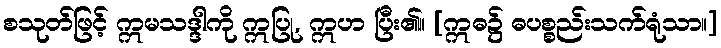
စသုတ်ဖြင့် ဣမသဒ္ဒါကို ဣပြု, ဣဟ ပြီး၏။ [ဣဓ၌ ဓပစ္စည်းသက်ရုံသာ။]